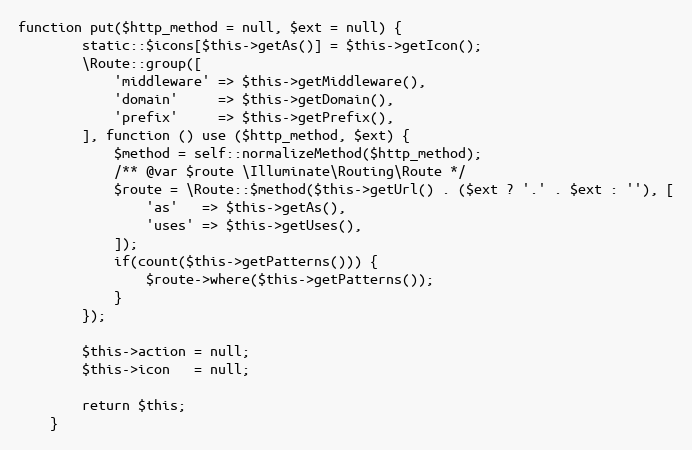
Language: PHP
function put($http_method = null, $ext = null) {
        static::$icons[$this->getAs()] = $this->getIcon();
        \Route::group([
            'middleware' => $this->getMiddleware(),
            'domain'     => $this->getDomain(),
            'prefix'     => $this->getPrefix(),
        ], function () use ($http_method, $ext) {
            $method = self::normalizeMethod($http_method);
            /** @var $route \Illuminate\Routing\Route */
            $route = \Route::$method($this->getUrl() . ($ext ? '.' . $ext : ''), [
                'as'   => $this->getAs(),
                'uses' => $this->getUses(),
            ]);
            if(count($this->getPatterns())) {
                $route->where($this->getPatterns());
            }
        });

        $this->action = null;
        $this->icon   = null;

        return $this;
    }